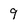
Character: 9